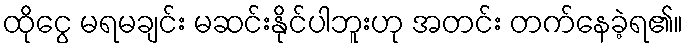
ထိုငွေ မရမချင်း မဆင်းနိုင်ပါဘူးဟု အတင်း တက်နေခဲ့ရ၏။